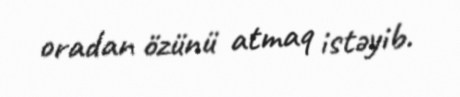
oradan özünü atmaq istəyib.